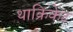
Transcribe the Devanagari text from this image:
थाक्रिकेट